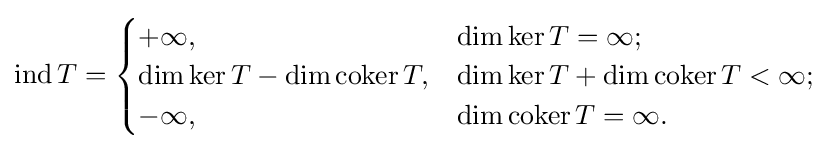
\operatorname {ind} T={\begin{cases}+\infty ,&\dim \ker T=\infty ;\\\dim \ker T-\dim \operatorname {coker} T,&\dim \ker T+\dim \operatorname {coker} T<\infty ;\\-\infty ,&\dim \operatorname {coker} T=\infty .\end{cases}}